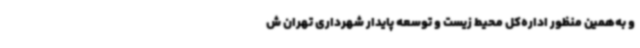
و به‌همین منظور اداره‌کل محیط زیست و توسعه پایدار شهرداری تهران ش